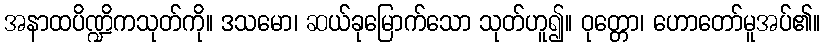
အနာထပိဏ္ဍိကသုတ်ကို။ ဒသမော၊ ဆယ်ခုမြောက်သော သုတ်ဟူ၍။ ဝုတ္တော၊ ဟောတော်မူအပ်၏။